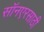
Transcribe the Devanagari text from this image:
सॉनएरसाठी